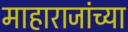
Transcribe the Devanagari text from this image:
माहाराजांच्या